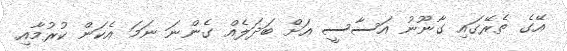
އޭގެ ތެރޭގައި ގާނޫނު އަސާސީ އަށް ބަދަލެއް ގެންނަ ނަމަ އެކަން ކުރުމާއި